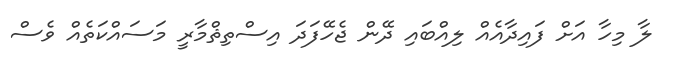
ލާ މިހާ އަށް ފައިދާއެއް ލިއްބައި ދޭން ޖެހޭފަދަ އިސްތިޘްމާރީ މަސައްކަތެއް ވެސް